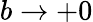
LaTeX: b\rightarrow+0